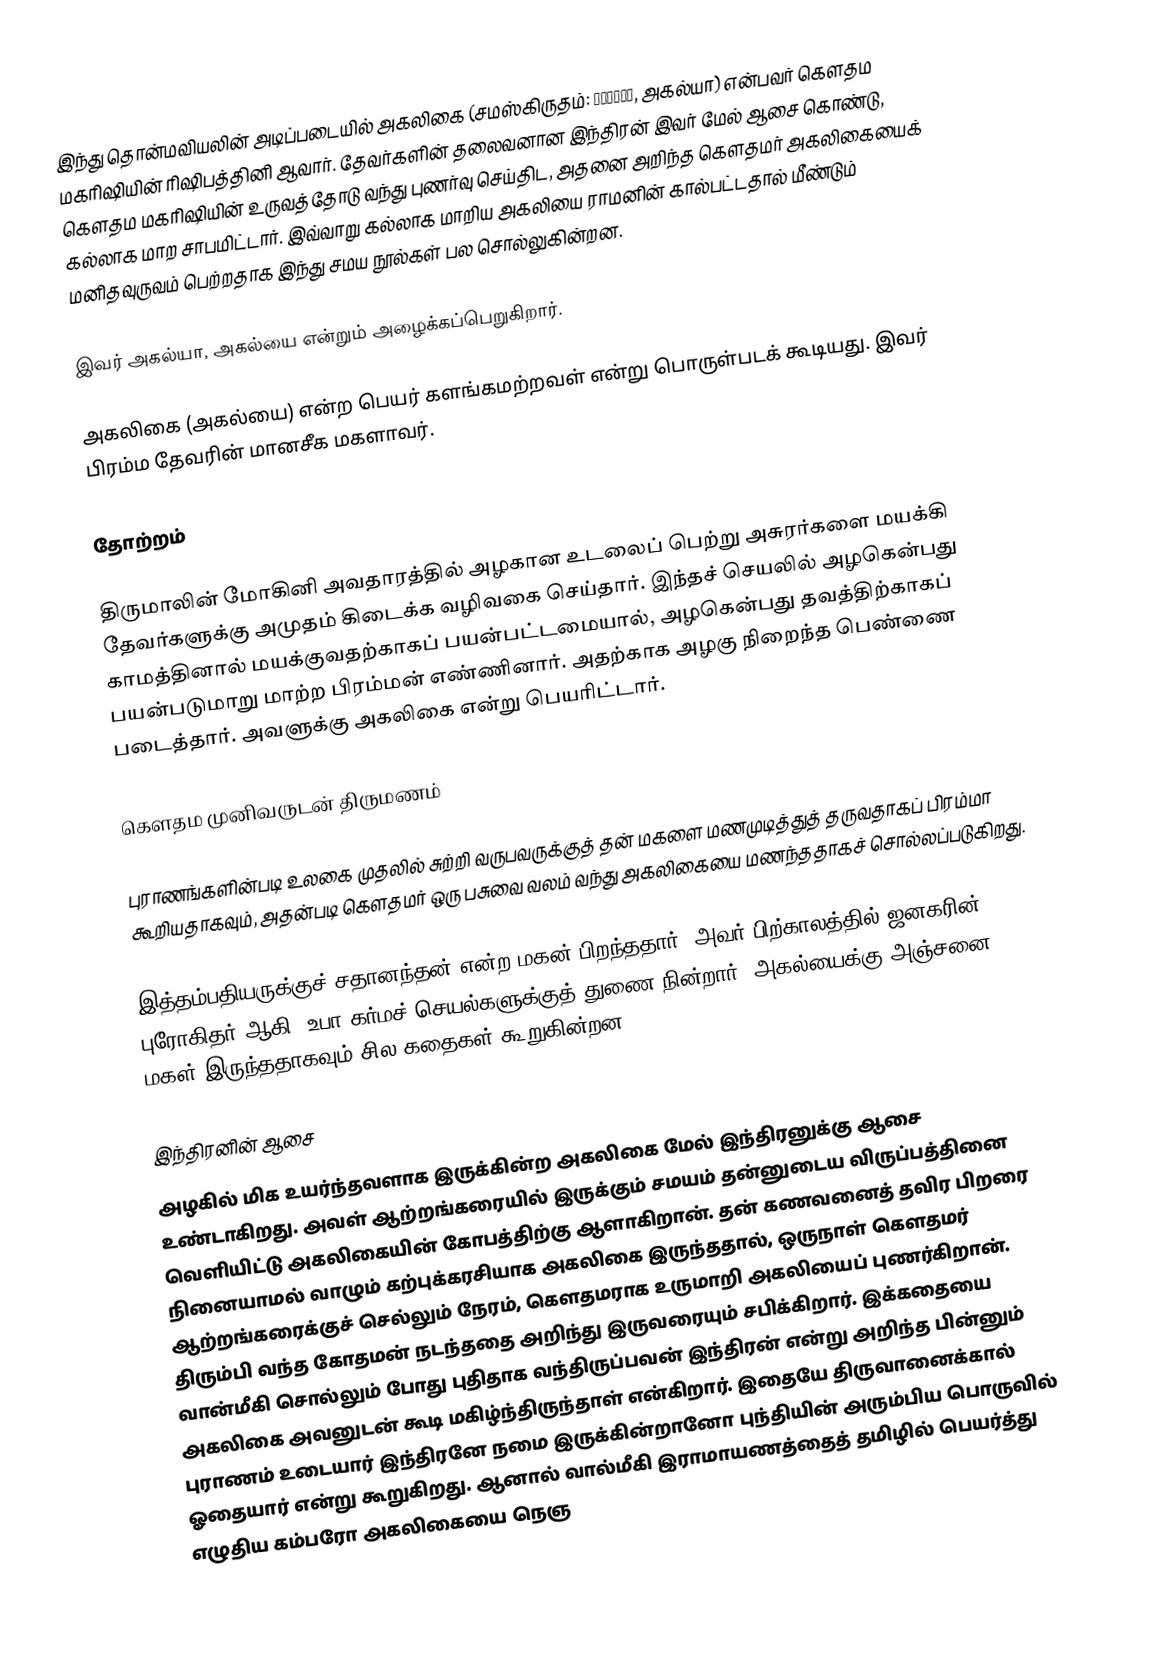
இந்து தொன்மவியலின் அடிப்படையில் அகலிகை (சமஸ்கிருதம்: अहल्या, அகல்யா) என்பவர் கௌதம மகரிஷியின் ரிஷிபத்தினி ஆவார். தேவர்களின் தலைவனான இந்திரன் இவர் மேல் ஆசை கொண்டு, கௌதம மகரிஷியின் உருவத்தோடு வந்து புணர்வு செய்திட, அதனை அறிந்த கௌதமர் அகலிகையைக் கல்லாக மாற சாபமிட்டார். இவ்வாறு கல்லாக மாறிய அகலியை ராமனின் கால்பட்டதால் மீண்டும் மனிதவுருவம் பெற்றதாக இந்து சமய நூல்கள் பல சொல்லுகின்றன.

இவர் அகல்யா, அகல்யை என்றும் அழைக்கப்பெறுகிறார்.

அகலிகை (அகல்யை) என்ற பெயர் களங்கமற்றவள் என்று பொருள்படக் கூடியது. இவர் பிரம்ம தேவரின் மானசீக மகளாவர்.

தோற்றம்

திருமாலின் மோகினி அவதாரத்தில் அழகான உடலைப் பெற்று அசுரர்களை மயக்கி தேவர்களுக்கு அமுதம் கிடைக்க வழிவகை செய்தார். இந்தச் செயலில் அழகென்பது காமத்தினால் மயக்குவதற்காகப் பயன்பட்டமையால், அழகென்பது தவத்திற்காகப் பயன்படுமாறு மாற்ற பிரம்மன் எண்ணினார். அதற்காக அழகு நிறைந்த பெண்ணை படைத்தார். அவளுக்கு அகலிகை என்று பெயரிட்டார்.

கௌதம முனிவருடன் திருமணம்

புராணங்களின்படி உலகை முதலில் சுற்றி வருபவருக்குத் தன் மகளை மணமுடித்துத் தருவதாகப் பிரம்மா கூறியதாகவும், அதன்படி கௌதமர் ஒரு பசுவை வலம் வந்து அகலிகையை மணந்ததாகச் சொல்லப்படுகிறது.

இத்தம்பதியருக்குச் சதானந்தன் என்ற மகன் பிறந்ததார். அவர் பிற்காலத்தில் ஜனகரின் புரோகிதர் ஆகி, உபா கர்மச் செயல்களுக்குத் துணை நின்றார். அகல்யைக்கு அஞ்சனை மகள் இருந்ததாகவும் சில கதைகள் கூறுகின்றன.

இந்திரனின் ஆசை
அழகில் மிக உயர்ந்தவளாக இருக்கின்ற அகலிகை மேல் இந்திரனுக்கு ஆசை உண்டாகிறது. அவள் ஆற்றங்கரையில் இருக்கும் சமயம் தன்னுடைய விருப்பத்தினை வெளியிட்டு அகலிகையின் கோபத்திற்கு ஆளாகிறான். தன் கணவனைத் தவிர பிறரை நினையாமல் வாழும் கற்புக்கரசியாக அகலிகை இருந்ததால், ஒருநாள் கௌதமர் ஆற்றங்கரைக்குச் செல்லும் நேரம், கௌதமராக உருமாறி அகலியைப் புணர்கிறான். திரும்பி வந்த கோதமன் நடந்ததை அறிந்து இருவரையும் சபிக்கிறார். இக்கதையை வான்மீகி சொல்லும் போது புதிதாக வந்திருப்பவன் இந்திரன் என்று அறிந்த பின்னும் அகலிகை அவனுடன் கூடி மகிழ்ந்திருந்தாள் என்கிறார். இதையே திருவானைக்கால் புராணம் உடையார் இந்திரனே நமை இருக்கின்றானோ புந்தியின் அரும்பிய பொருவில் ஓதையார் என்று கூறுகிறது. ஆனால் வால்மீகி இராமாயணத்தைத் தமிழில் பெயர்த்து எழுதிய கம்பரோ அகலிகையை நெஞ